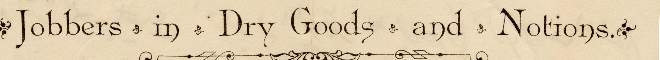
Jobbers * in * Dry Goods * and * Notions *